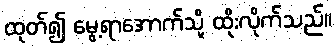
ထုတ်၍ မွေ့ရာအောက်သို့ ထိုးလိုက်သည်။